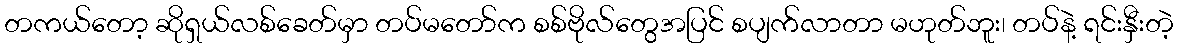
တကယ်တော့ ဆိုရှယ်လစ်ခေတ်မှာ တပ်မတော်က စစ်ဗိုလ်တွေအပြင် စပျက်လာတာ မဟုတ်ဘူး၊ တပ်နဲ့ ရင်းနှီးတဲ့